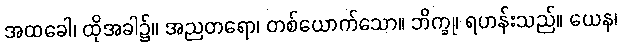
အထခေါ၊ ထိုအခါ၌။ အညတရော၊ တစ်ယောက်သော။ ဘိက္ခု၊ ရဟန်းသည်။ ယေန၊